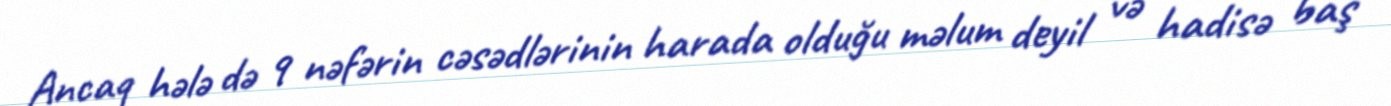
Ancaq hələ də 9 nəfərin cəsədlərinin harada olduğu məlum deyil və hadisə baş